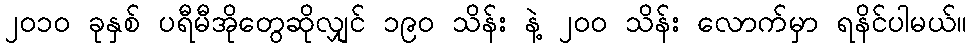
၂၀၁၀ ခုနှစ် ပရီမီအိုတွေဆိုလျှင် ၁၉၀ သိန်း နဲ့ ၂၀၀ သိန်း လောက်မှာ ရနိင်ပါမယ်။